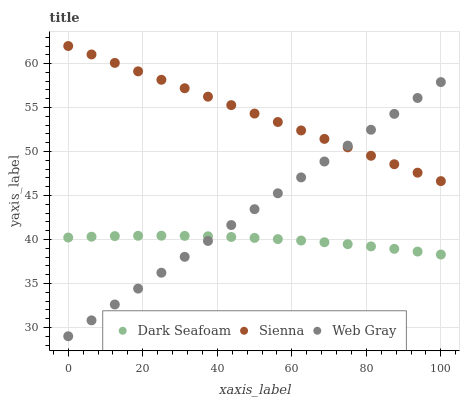
| xaxis_label | Dark Seafoam | Sienna | Web Gray |
 | --- | --- | --- | --- |
 | 0 | 40.2 | 62 | 29 |
 | 6.25 | 40.3 | 61 | 30.8 |
 | 12.5 | 40.4 | 60.1 | 32.6 |
 | 18.8 | 40.4 | 59.1 | 34.4 |
 | 25 | 40.4 | 58.2 | 36.2 |
 | 31.2 | 40.4 | 57.2 | 38 |
 | 37.5 | 40.4 | 56.2 | 39.8 |
 | 43.8 | 40.3 | 55.3 | 41.6 |
 | 50 | 40.2 | 54.3 | 43.4 |
 | 56.2 | 40 | 53.4 | 45.3 |
 | 62.5 | 39.9 | 52.4 | 47.1 |
 | 68.8 | 39.7 | 51.4 | 48.9 |
 | 75 | 39.5 | 50.5 | 50.7 |
 | 81.2 | 39.2 | 49.5 | 52.5 |
 | 87.5 | 38.9 | 48.6 | 54.3 |
 | 93.8 | 38.6 | 47.6 | 56.1 |
 | 100 | 38.3 | 46.6 | 57.9 |